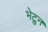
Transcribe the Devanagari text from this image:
भेटुन